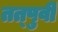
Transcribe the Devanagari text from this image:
तत्‍पुर्वी